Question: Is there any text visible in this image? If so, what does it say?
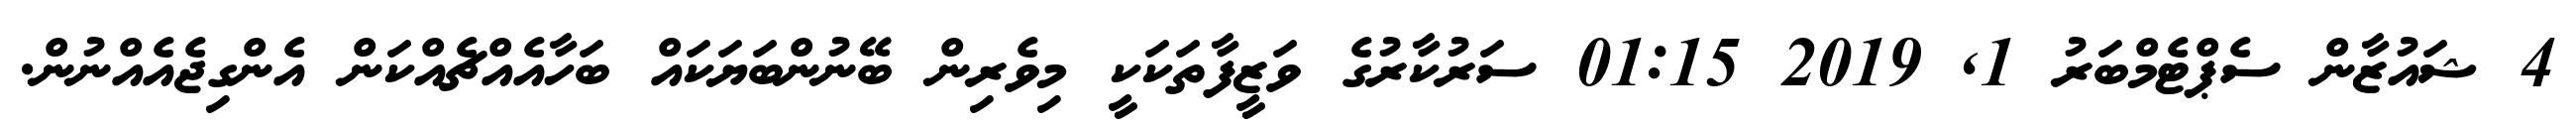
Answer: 4 ޝައުޒާން ސެޕްޓެމްބަރު 1, 2019 01:15 ސަރުކާރުގެ ވަޒީފާތަކަކީ މިވެރިން ބޭނުންބަޔަކައް ބަހާއެއްޗެއްކަން އެންގިޖެއެއްނުން.